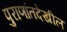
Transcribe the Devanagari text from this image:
पुराणांतदेखील